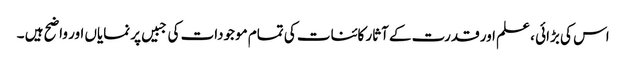
اس کی بڑائی ، علم اور قدرت کے آثار کائنات کی تمام موجودات کی جبیں پر نمایاں اور واضح ہیں ۔